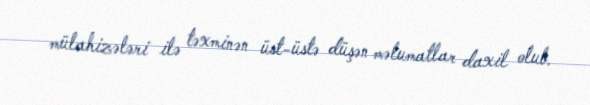
mülahizələri ilə təxminən üst-üstə düşən məlumatlar daxil olub.